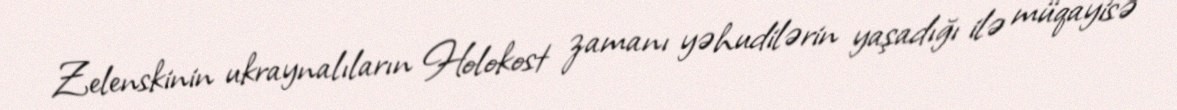
Zelenskinin ukraynalıların Holokost zamanı yəhudilərin yaşadığı ilə müqayisə